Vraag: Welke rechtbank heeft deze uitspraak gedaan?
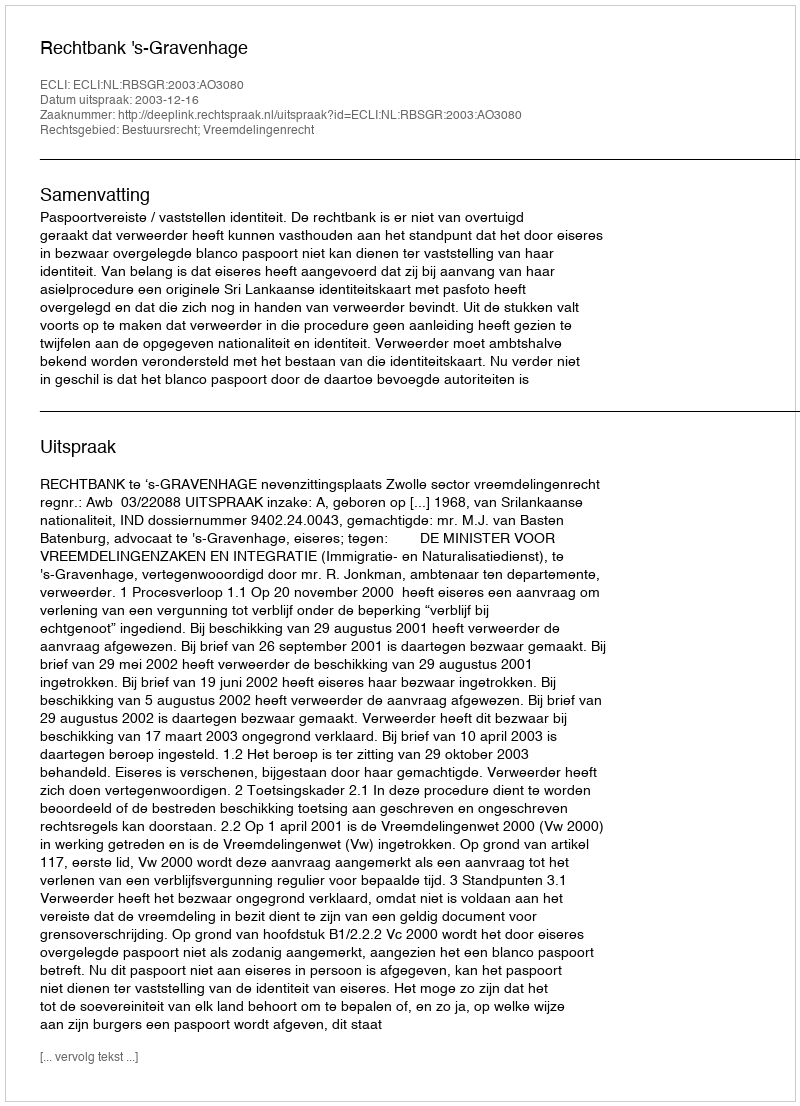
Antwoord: Rechtbank 's-Gravenhage